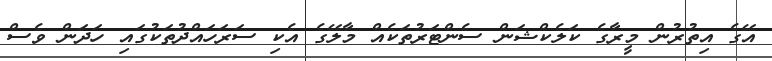
އޭގެ އިތުރުން މީރާގެ ކަލެކްޝަން ސެންޓަރުތަކެއް މާލޭގެ އެކި ސަރަހައްދުތަކުގައި ހަދަން ވެސް